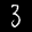
Label: 3